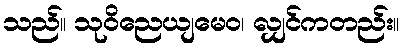
သည်။ သုဝိညေယျမေဝ၊ လျှင်ကတည်း။